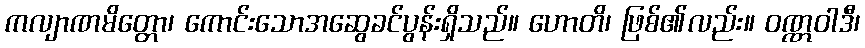
ကလျာဏမိတ္တော၊ ကောင်းသောအဆွေခင်ပွန်းရှိသည်။ ဟောတိ၊ ဖြစ်၏လည်း။ ဝဏ္ဏဝါဒီ၊